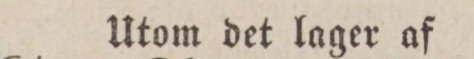
Utom det lager af